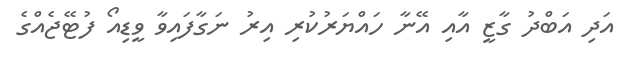
އަދި އަބްދު ގާޒީ އާއި އޭނާ ހައްޔަރުކުރި އިރު ނަގާފައިވާ ވީޑިއޯ ފުޓޭޖެއްގެ